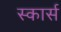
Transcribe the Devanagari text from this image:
स्कार्स